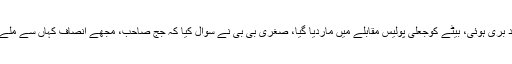
متاثرہ خاتون نے عدالت عظمیٰ کو بتایا کہ10ماہ بعد بری ہوئی، بیٹے کوجعلی پولیس مقابلے میں ماردیا گیا، صغریٰ بی بی نے سوال کیا کہ جج صاحب، مجھے انصاف کہاں سے ملے گا، پولیس کب تک ماؤں کی گود اجاڑتی رہے گی۔